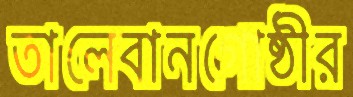
তালেবানগোষ্ঠীর